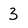
Character: 3